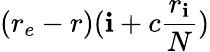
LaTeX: (r_{e}-r)(\mathbf{i}+c\frac{{r_{\mathbf{i}}}}{{N}})